Annual administration report of the Civil Veterinary Department of India - 1893-1894
Year: 1893
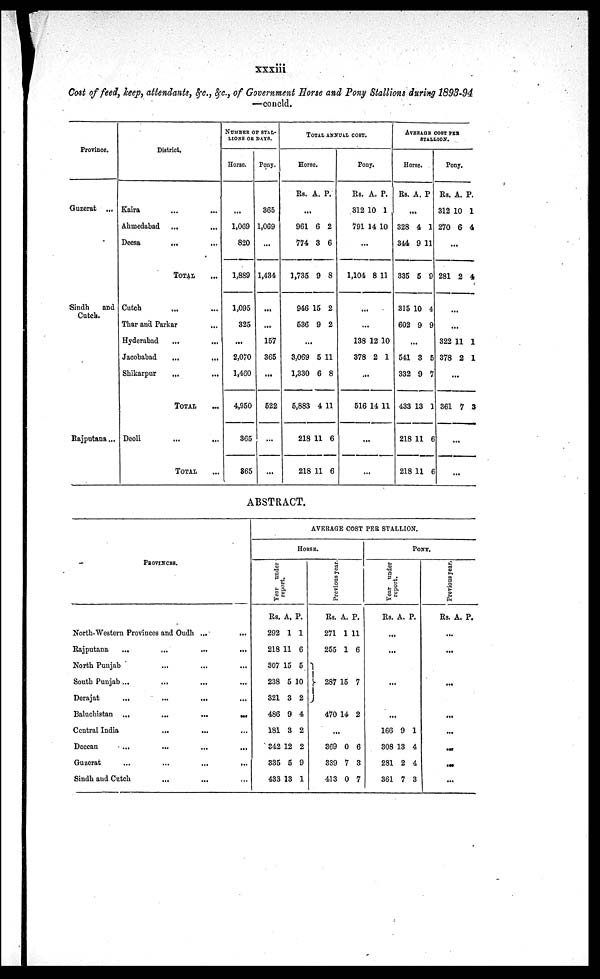
xxxiii
Cost of feed, keep, attendants, &c., &c., of Government Horse and Pony Stallions during 1893-94
—concld.
Province.
Guzerat ...
Sindh
and
Cutch.
Rajputana...
District.
Kaira ... ...
Ahmedabad ... ...
Deesa
... ...
TOTAL ...
Cutch ... ...
Thar and Parkar ...
Hyderabad ... ...
Jacobabad
...
...
Shikarpur ... ...
TOTAL ...
Deoli ... ...
TOTAL ...
NUMBER OF STAL-
----- OR DAYS.
Horse.
...
1,069
820
1,889
1,095
325
...
2,070
1,460
4,950
365
365
Pony.
365
1,069
...
1,434
...
...
157
365
...
522
...
...
TOTAL ANNUAL COST.
Horse.
Rs. A. P.
...
961
774
1,735
946
536
6
3
9
15
9
2
6
8
2
2
...
3,069
1,330
5,883
218
218
5
6
4
11
11
11
8
11
6
6
Pony.
Rs.
312
791
A.
10
14
P.
1
10
...
1,104 8 11
...
...
138
378
12
2
10
1
...
516 14 11
...
...
AVERAGE COST PER
STALLION.
Horse.
Rs. A. P
...
328
344
335
315
602
4
9
5
10
9
1
11
9
4
9
...
541
332
433
218
218
3
9
13
11
11
5
7
1
6
6
Pony.
Rs.
312
270
A.
10
6
P.
1
4
...
281 2 4
...
...
322
378
11
2
1
1
...
361 7 3
...
...
ABSTRACT.
PROVINCES.
North-Western Provinces and Oudh ...
...
Rajputana ... ... ... ...
North Punjab ... ... ...
South Punjab ... ... ... ...
Derajat
...
...
... ...
Baluchistan ...
...
...
...
Central India ... ... ...
Deccan
... ... ... ...
Guzerat
...
...
...
...
Sindh and Cutch ... ... ...
AVERAGE COST PER STALLION.
HORSE.
Year under
report.
Rs.
292
218
307
238
321
486
181
342
335
433
A.
1
11
15
5
3
9
3
12
5
13
P.
1
6
5
10
2
4
2
2
9
1
Previous year.
Rs.
271
255
287
470
A.
1
1
15
14
P.
11
6
7
2
...
369
339
413
0
7
0
6
3
7
PONY.
Year under
report.
Rs. A. P.
...
...
...
...
166
308
281
361
9
13
2
7
1
4
4
3
Previous year.
Rs. A. P.
...
...
...
...
...
...
...
...